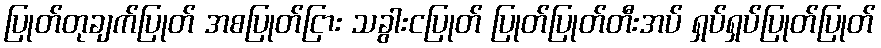
ပြုတ်တုချက်ပြုတ် အစပြုတ်ငြား သခွါးငပြုတ် ပြုတ်ပြုတ်တီးအပ် ရှပ်ရှပ်ပြုတ်ပြုတ်